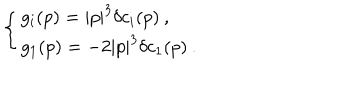
\left\{ \begin{array} { l } { { g _ { i } ( p ) = | p | ^ { 3 } \delta c _ { i } ( p ) \: , } } \\ { { g _ { 1 } ( p ) = - 2 | p | ^ { 3 } \delta c _ { 1 } ( p ) \: . } } \\ \end{array} \right.